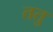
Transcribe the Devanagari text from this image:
ततु